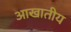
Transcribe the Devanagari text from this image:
आखातीय